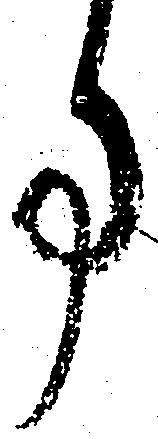
事